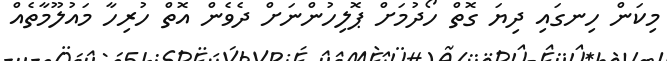
މިކަން ހިނގައި ދިޔަ ގޮތް ހޯދުމަށް ޕޮލިހުންނަށް ދެވެން އޮތް ހުރިހާ މައުލޫމާތެއް